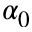
\alpha _ { 0 }